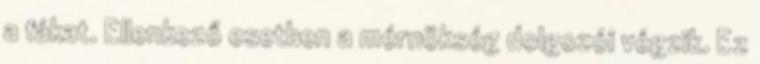
a fákat. Ellenkező esetben a mérnökség dolgozói végzik. Ez